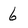
Character: 6